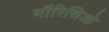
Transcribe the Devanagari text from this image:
मॉरिसिओ